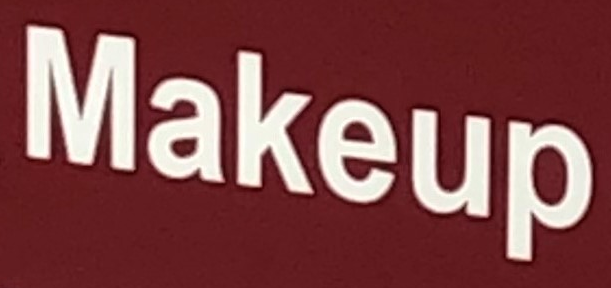
Makeup